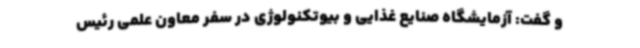
و گفت: آزمایشگاه صنایع غذایی و بیوتکنولوژی در سفر معاون علمی رئیس